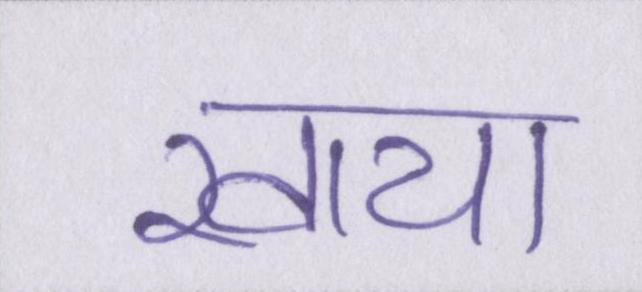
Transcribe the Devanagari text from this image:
खाया